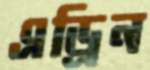
এড্রিন